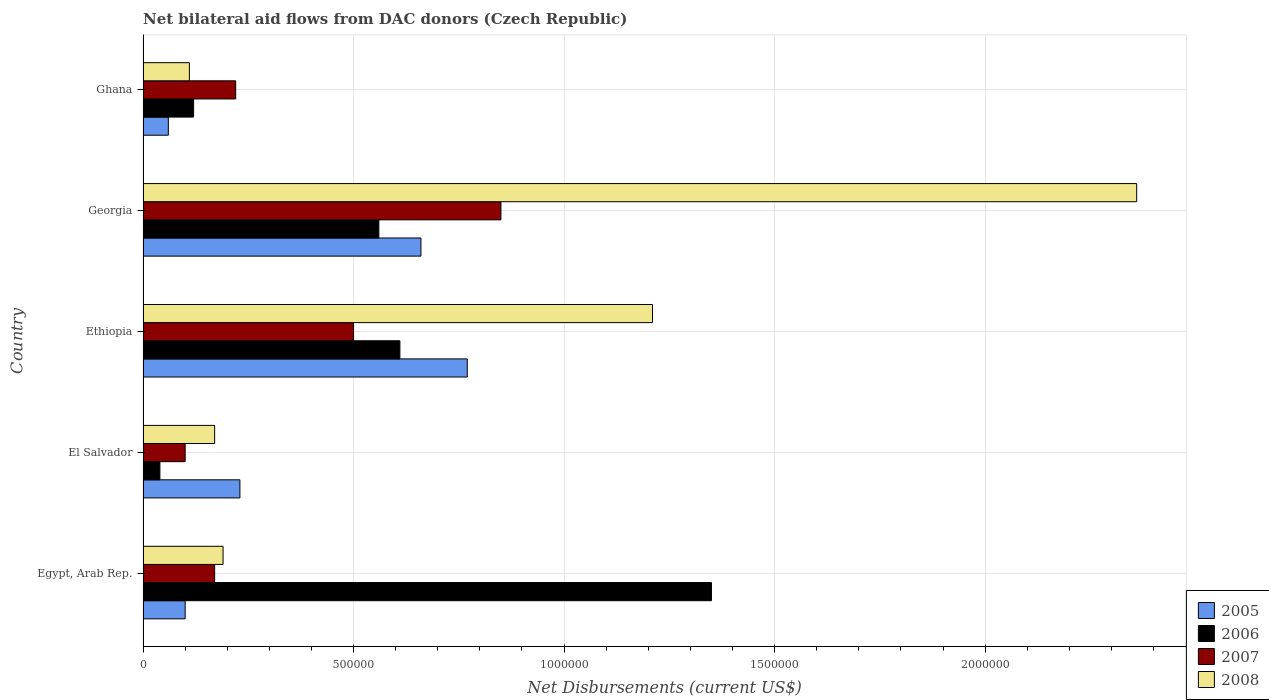
| Country | 2005 | 2006 | 2007 | 2008 |
 | --- | --- | --- | --- | --- |
 | Egypt, Arab Rep. | 1e+05 | 1.35e+06 | 1.7e+05 | 1.9e+05 |
 | El Salvador | 2.3e+05 | 4e+04 | 1e+05 | 1.7e+05 |
 | Ethiopia | 7.7e+05 | 6.1e+05 | 5e+05 | 1.21e+06 |
 | Georgia | 6.6e+05 | 5.6e+05 | 8.5e+05 | 2.36e+06 |
 | Ghana | 6e+04 | 1.2e+05 | 2.2e+05 | 1.1e+05 |